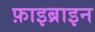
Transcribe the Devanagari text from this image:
फ़ाइब्राइन